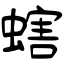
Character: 螛